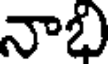
నాభి